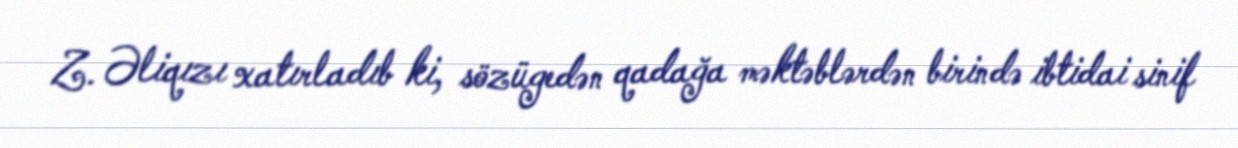
Z. Əliqızı xatırladıb ki, sözügedən qadağa məktəblərdən birində ibtidai sinif